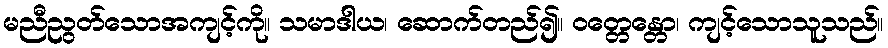
မညီညွတ်သောအကျင့်ကို။ သမာဒါယ၊ ဆောက်တည်၍။ ဝတ္တေန္တော၊ ကျင့်သောသူသည်။